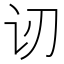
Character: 讱